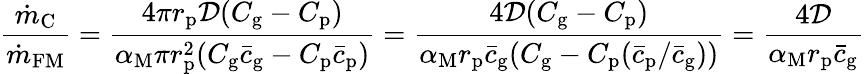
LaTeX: \frac{\dot{m}_{\mathrm{C}}}{\dot{m}_{\mathrm{FM}}}=\frac{4\pi r_{\mathrm{p}}\mathcal{D}(C_{\mathrm{g}}-C_{\mathrm{p}})}{\alpha_{\mathrm{M}}\pi r_{\mathrm{p}}^{2}(C_{\mathrm{g}}\bar{c}_{\mathrm{g}}-C_{\mathrm{p}}\bar{c}_{\mathrm{p}})}=\frac{4\mathcal{D}(C_{\mathrm{g}}-C_{\mathrm{p}})}{\alpha_{\mathrm{M}}r_{\mathrm{p}}\bar{c}_{\mathrm{g}}(C_{\mathrm{g}}-C_{\mathrm{p}}(\bar{c}_{\mathrm{p}}/\bar{c}_{\mathrm{g}}))}=\frac{4\mathcal{D}}{\alpha_{\mathrm{M}}r_{\mathrm{p}}\bar{c}_{\mathrm{g}}}